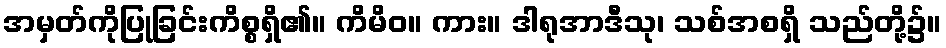
အမှတ်ကိုပြုခြင်းကိစ္စရှိ၏။ ကိမိဝ။ ကား။ ဒါရုအာဒီသု၊ သစ်အစရှိ သည်တို့၌။